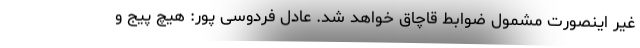
غیر اینصورت مشمول ضوابط قاچاق خواهد شد. عادل فردوسی پور: هیچ پیج و